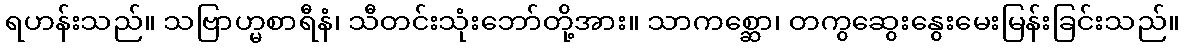
ရဟန်းသည်။ သဗြာဟ္မစာရီနံ၊ သီတင်းသုံးဘော်တို့အား။ သာကစ္ဆော၊ တကွဆွေးနွေးမေးမြန်းခြင်းသည်။